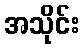
အသိုင်း